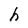
Character: h